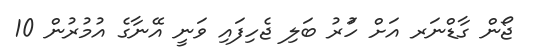
ޖޯން ގާޑްނަރ އަށް ހަުރު ބަލި ޖެހިފައި ވަނީ އޭނާގެ އުމުރުން 10